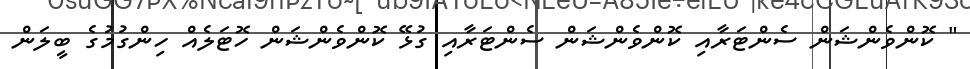
" ކޮންވެންޝަން ސެންޓަރާއި ކޮންވެންޝަން ސެންޓަރާއި ގުޅޭ ކޮންވެންޝަން ހޮޓަލެއް ހިންގުމުގެ ބީލަން